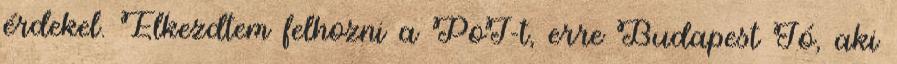
érdekel. Elkezdtem felhozni a PoI-t, erre Budapest Jó, aki